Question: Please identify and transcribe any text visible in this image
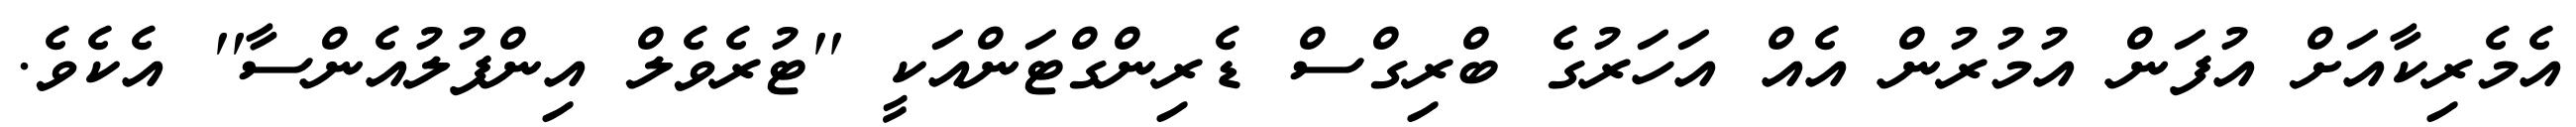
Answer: އެމެރިކާއަށް އުފަން އުމުރުން އެއް އަހަރުގެ ބްރިގްސް ޑެރިންގްޓަންއަކީ ''ޓުރެވެލް އިންފުލުއެންސާ'' އެކެވެ.